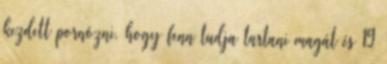
kezdett pornózni, hogy fenn tudja tartani magát és 19